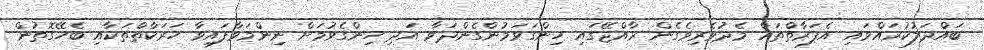
ބައްދަލުކުރައްވައި އެފަރާތްތައް މެދުވެރިވެގެން ރާއްޖޭގައި ހިންގަވަމުންގެންދަވާ އަދި ހިންގެވުމަށް ނިންމަވާފައިވާ ހަރަކާތްތަކާއި ބެހޭގޮތުން